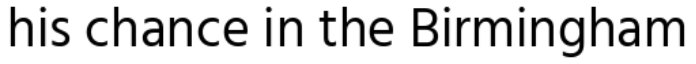
his chance in the Birmingham